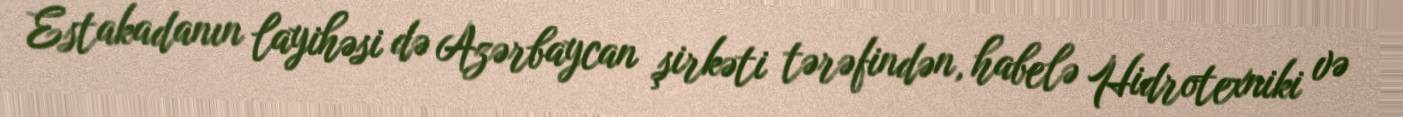
Estakadanın layihəsi də Azərbaycan şirkəti tərəfindən, habelə Hidrotexniki və